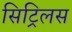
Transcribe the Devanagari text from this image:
सिट्रिलस